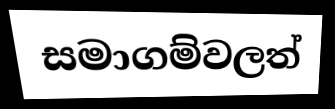
සමාගම්වලත්